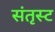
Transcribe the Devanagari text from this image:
संतृस्ट